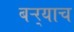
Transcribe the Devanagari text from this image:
बऱ्र्‍याच